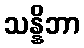
သန္နိဘာ